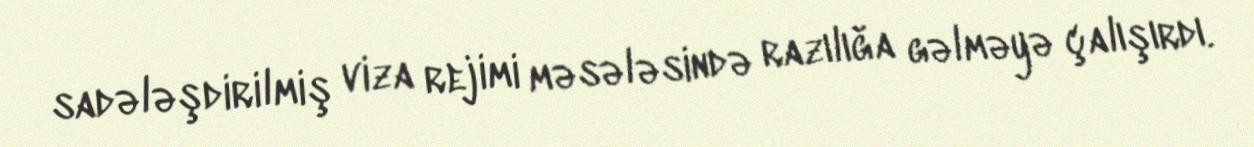
sadələşdirilmiş viza rejimi məsələsində razılığa gəlməyə çalışırdı.